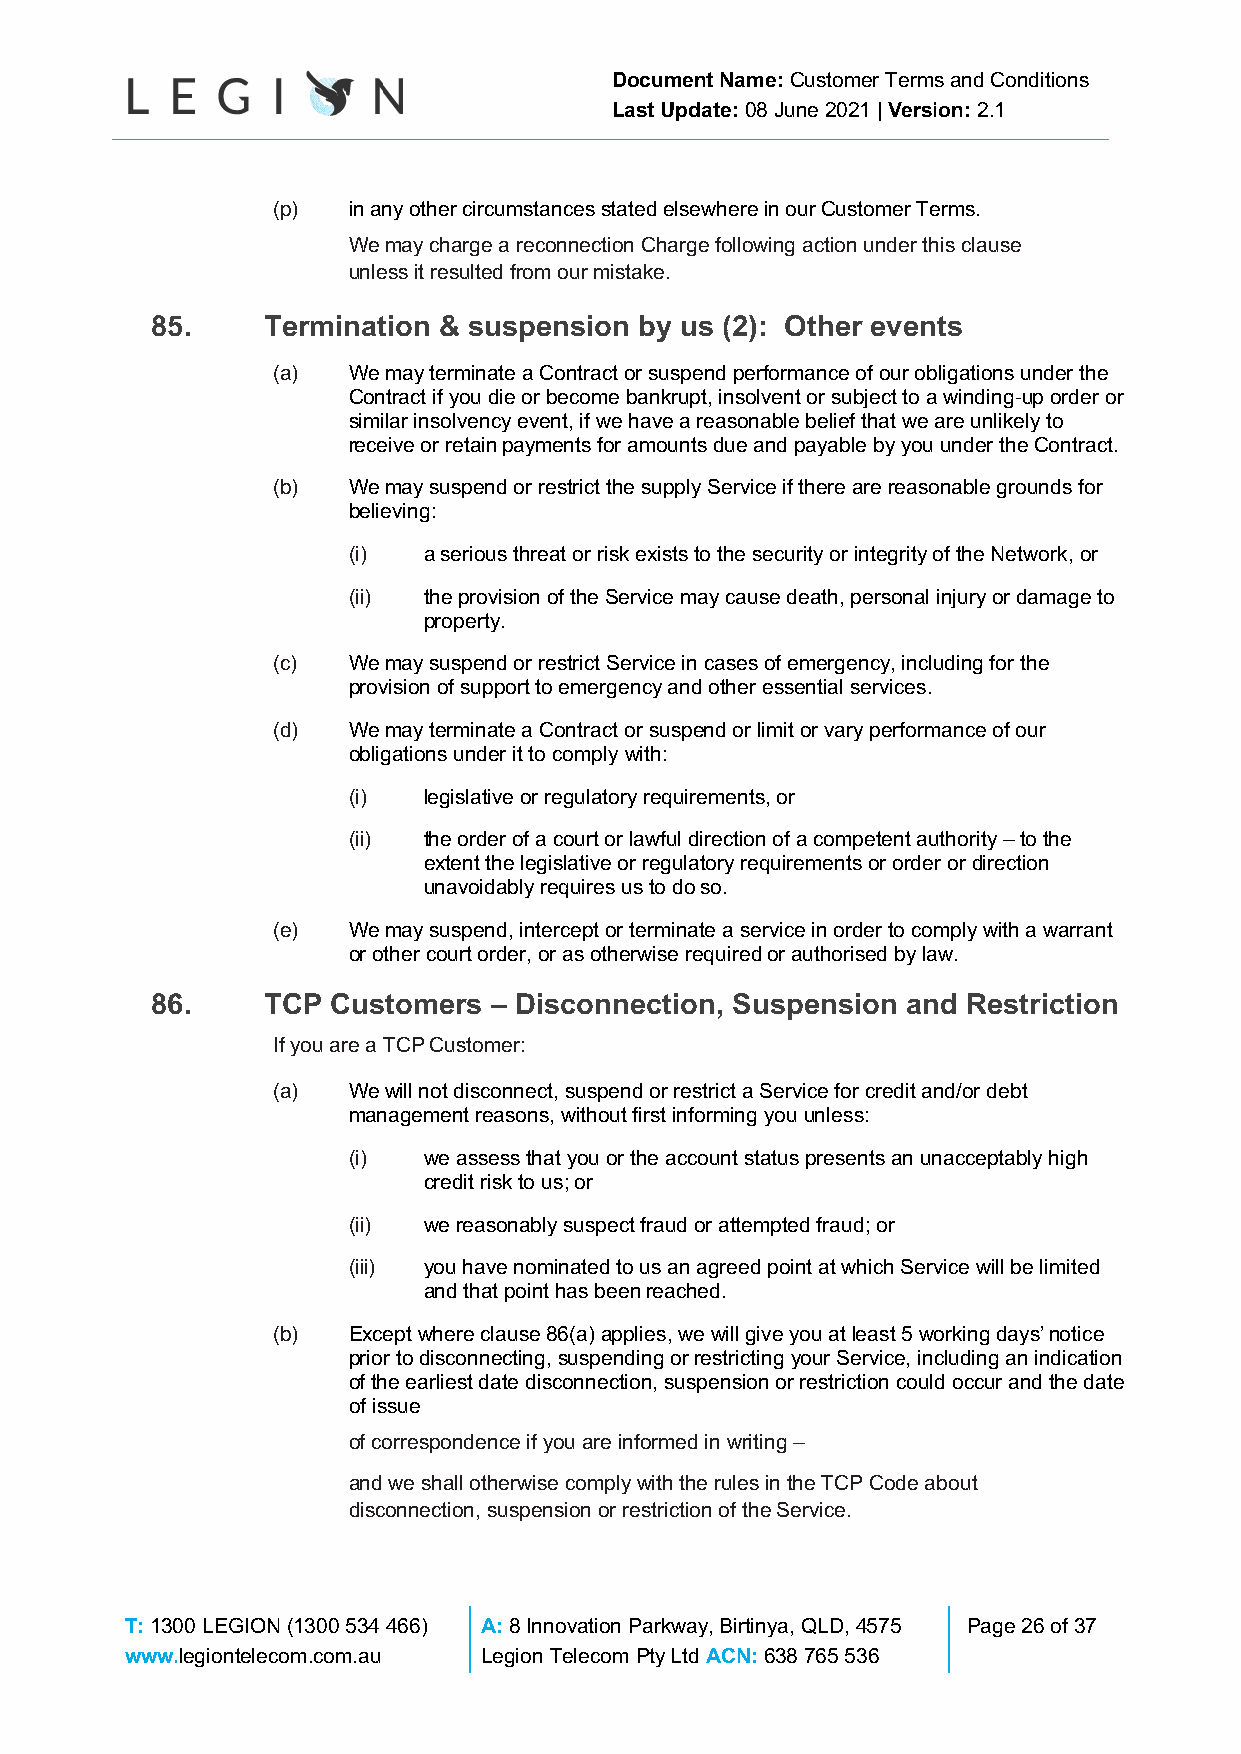
Document Name: Customer Terms and Conditions
 Last Update: 08 June 2021 | Version: 2.1
 (p)  in any other circumstances stated elsewhere in our Customer Terms.
 We may charge a reconnection Charge following action under this clause
 unless it resulted from our mistake.
 85.    Termination & suspension by us (2): Other events
 (a)  We may terminate a Contract or suspend performance of our obligations under the
 Contract if you die or become bankrupt, insolvent or subject to a winding-up order or
 similar insolvency event, if we have a reasonable belief that we are unlikely to
 receive or retain payments for amounts due and payable by you under the Contract.
 (b)  We may suspend or restrict the supply Service if there are reasonable grounds for
 believing:
 (i)  a serious threat or risk exists to the security or integrity of the Network, or
 (ii) the provision of the Service may cause death, personal injury or damage to
 property.
 (c)  We may suspend or restrict Service in cases of emergency, including for the
 provision of support to emergency and other essential services.
 (d)  We may terminate a Contract or suspend or limit or vary performance of our
 obligations under it to comply with:
 (i)  legislative or regulatory requirements, or
 (ii) the order of a court or lawful direction of a competent authority – to the
 extent the legislative or regulatory requirements or order or direction
 unavoidably requires us to do so.
 (e)  We may suspend, intercept or terminate a service in order to comply with a warrant
 or other court order, or as otherwise required or authorised by law.
 86.    TCP  Customers – Disconnection, Suspension and Restriction
 If you are a TCP Customer:
 (a)  We will not disconnect, suspend or restrict a Service for credit and/or debt
 management reasons, without first informing you unless:
 (i)  we assess that you or the account status presents an unacceptably high
 credit risk to us; or
 (ii) we reasonably suspect fraud or attempted fraud; or
 (iii) you have nominated to us an agreed point at which Service will be limited
 and that point has been reached.
 (b)  Except where clause 86(a) applies, we will give you at least 5 working days’ notice
 prior to disconnecting, suspending or restricting your Service, including an indication
 of the earliest date disconnection, suspension or restriction could occur and the date
 of issue
 of correspondence if you are informed in writing –
 and we shall otherwise comply with the rules in the TCP Code about
 disconnection, suspension or restriction of the Service.
 T: 1300 LEGION (1300 534 466) A: 8 Innovation Parkway, Birtinya, QLD, 4575 Page 26 of 37
 www.legiontelecom.com.au Legion Telecom Pty Ltd ACN: 638 765 536